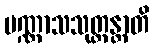
ပဏ္ဏာသသုတ္တန္တာတိ